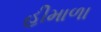
હીમાળા